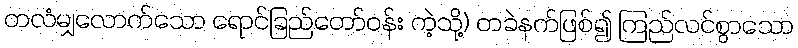
တလံမျှလောက်သော ရောင်ခြည်တော်ဝန်း ကဲ့သို့) တခဲနက်ဖြစ်၍ ကြည်လင်စွာသော